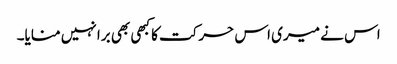
اس نے میری اس حرکت کا کبھی بھی برا نہیں منایا۔